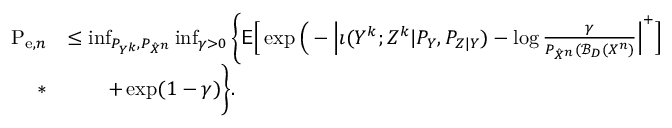
\begin{array} { r l } { \mathrm { P } _ { \mathrm { e } , n } } & { \leq \operatorname* { i n f } _ { P _ { Y ^ { k } } , P _ { \hat { X } ^ { n } } } \operatorname* { i n f } _ { \gamma > 0 } \bigg \{ \mathsf { E } \Big [ \exp \Big ( - \Big | \imath ( Y ^ { k } ; Z ^ { k } | P _ { Y } , P _ { Z | Y } ) - \log \frac { \gamma } { P _ { \hat { X } ^ { n } } ( \mathcal { B } _ { D } ( X ^ { n } ) } \Big | ^ { + } \Big ] } \\ { * } & { \qquad + \exp ( 1 - \gamma ) \bigg \} . } \end{array}